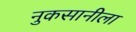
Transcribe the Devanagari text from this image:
नुकसानीला